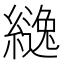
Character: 𮉅